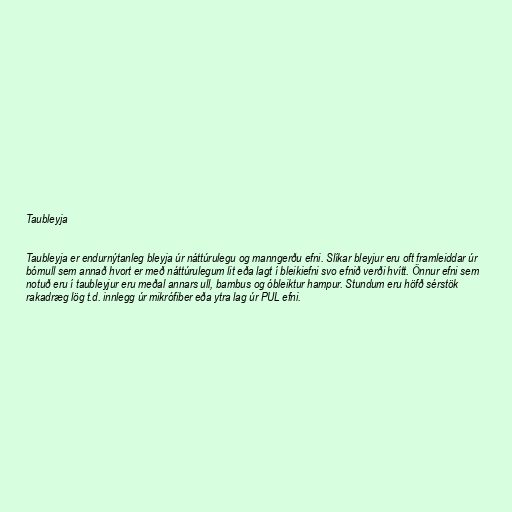
Taubleyja

Taubleyja er endurnýtanleg bleyja úr náttúrulegu og manngerðu efni. Slíkar bleyjur eru oft framleiddar úr
bómull sem annað hvort er með náttúrulegum lit eða lagt í bleikiefni svo efnið verði hvítt. Önnur efni sem
notuð eru í taubleyjur eru meðal annars ull, bambus og óbleiktur hampur. Stundum eru höfð sérstök
rakadræg lög t.d. innlegg úr mikrófiber eða ytra lag úr PUL efni.